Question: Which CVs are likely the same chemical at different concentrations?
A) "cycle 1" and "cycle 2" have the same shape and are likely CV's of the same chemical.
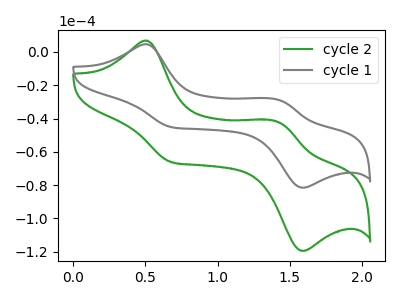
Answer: <think>The green curve "cycle 2" has anodic peaks at (0.50V, 6.75uA) (1.40V, -42.40uA) and cathodic peaks at (0.70V, -66.20uA) (1.60V, -119.45uA). The gray curve "cycle 1" has anodic peaks at (0.50V, 4.60uA) (1.40V, -28.90uA) and cathodic peaks at (0.70V, -45.15uA) (1.60V, -81.50uA).
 All the peaks in "cycle 2" have a peak in "cycle 1" at the same potential.</think>
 <answer>A) "cycle 1" and "cycle 2" have the same shape and are likely CV's of the same chemical.</answer>
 <eval>A</eval>